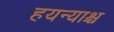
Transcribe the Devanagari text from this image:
हयन्याश्च